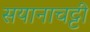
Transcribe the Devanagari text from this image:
सयानाचट्टी